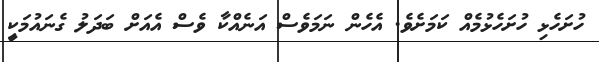
ހުށަހެޅި ހުށަހެޅުމެއް ކަމަށެވެ. އެހެން ނަމަވެސް އަނެއްކާ ވެސް އެއަށް ބަދަލު ގެނައުމަކީި